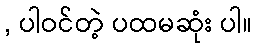
, ပါဝင်တဲ့ ပထမဆုံး ပါ။